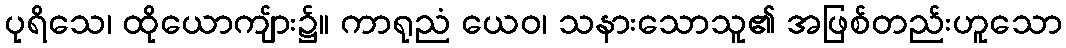
ပုရိသေ၊ ထိုယောကျ်ား၌။ ကာရုညံ ယေဝ၊ သနားသောသူ၏ အဖြစ်တည်းဟူသော